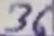
Text: 36